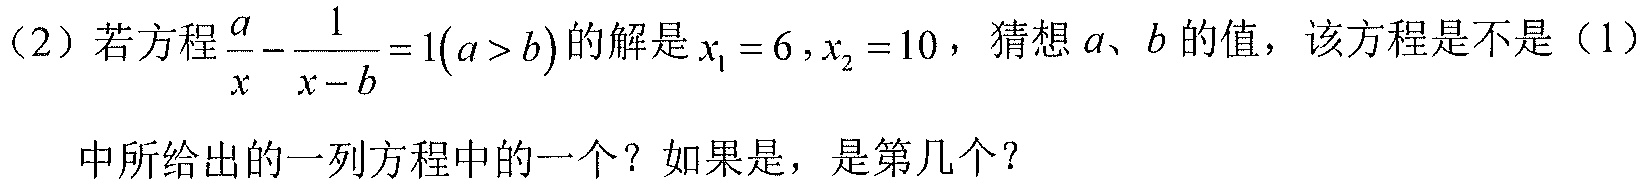
（2）若方程\(\dfrac{a}{x}-\dfrac{1}{x - b}=1(a > b)\)的解是\(x_{1}=6,x_{2}=10\)，猜想\(a、b\)的值，该方程是不是（1）中所给出的一列方程中的一个？如果是，是第几个？